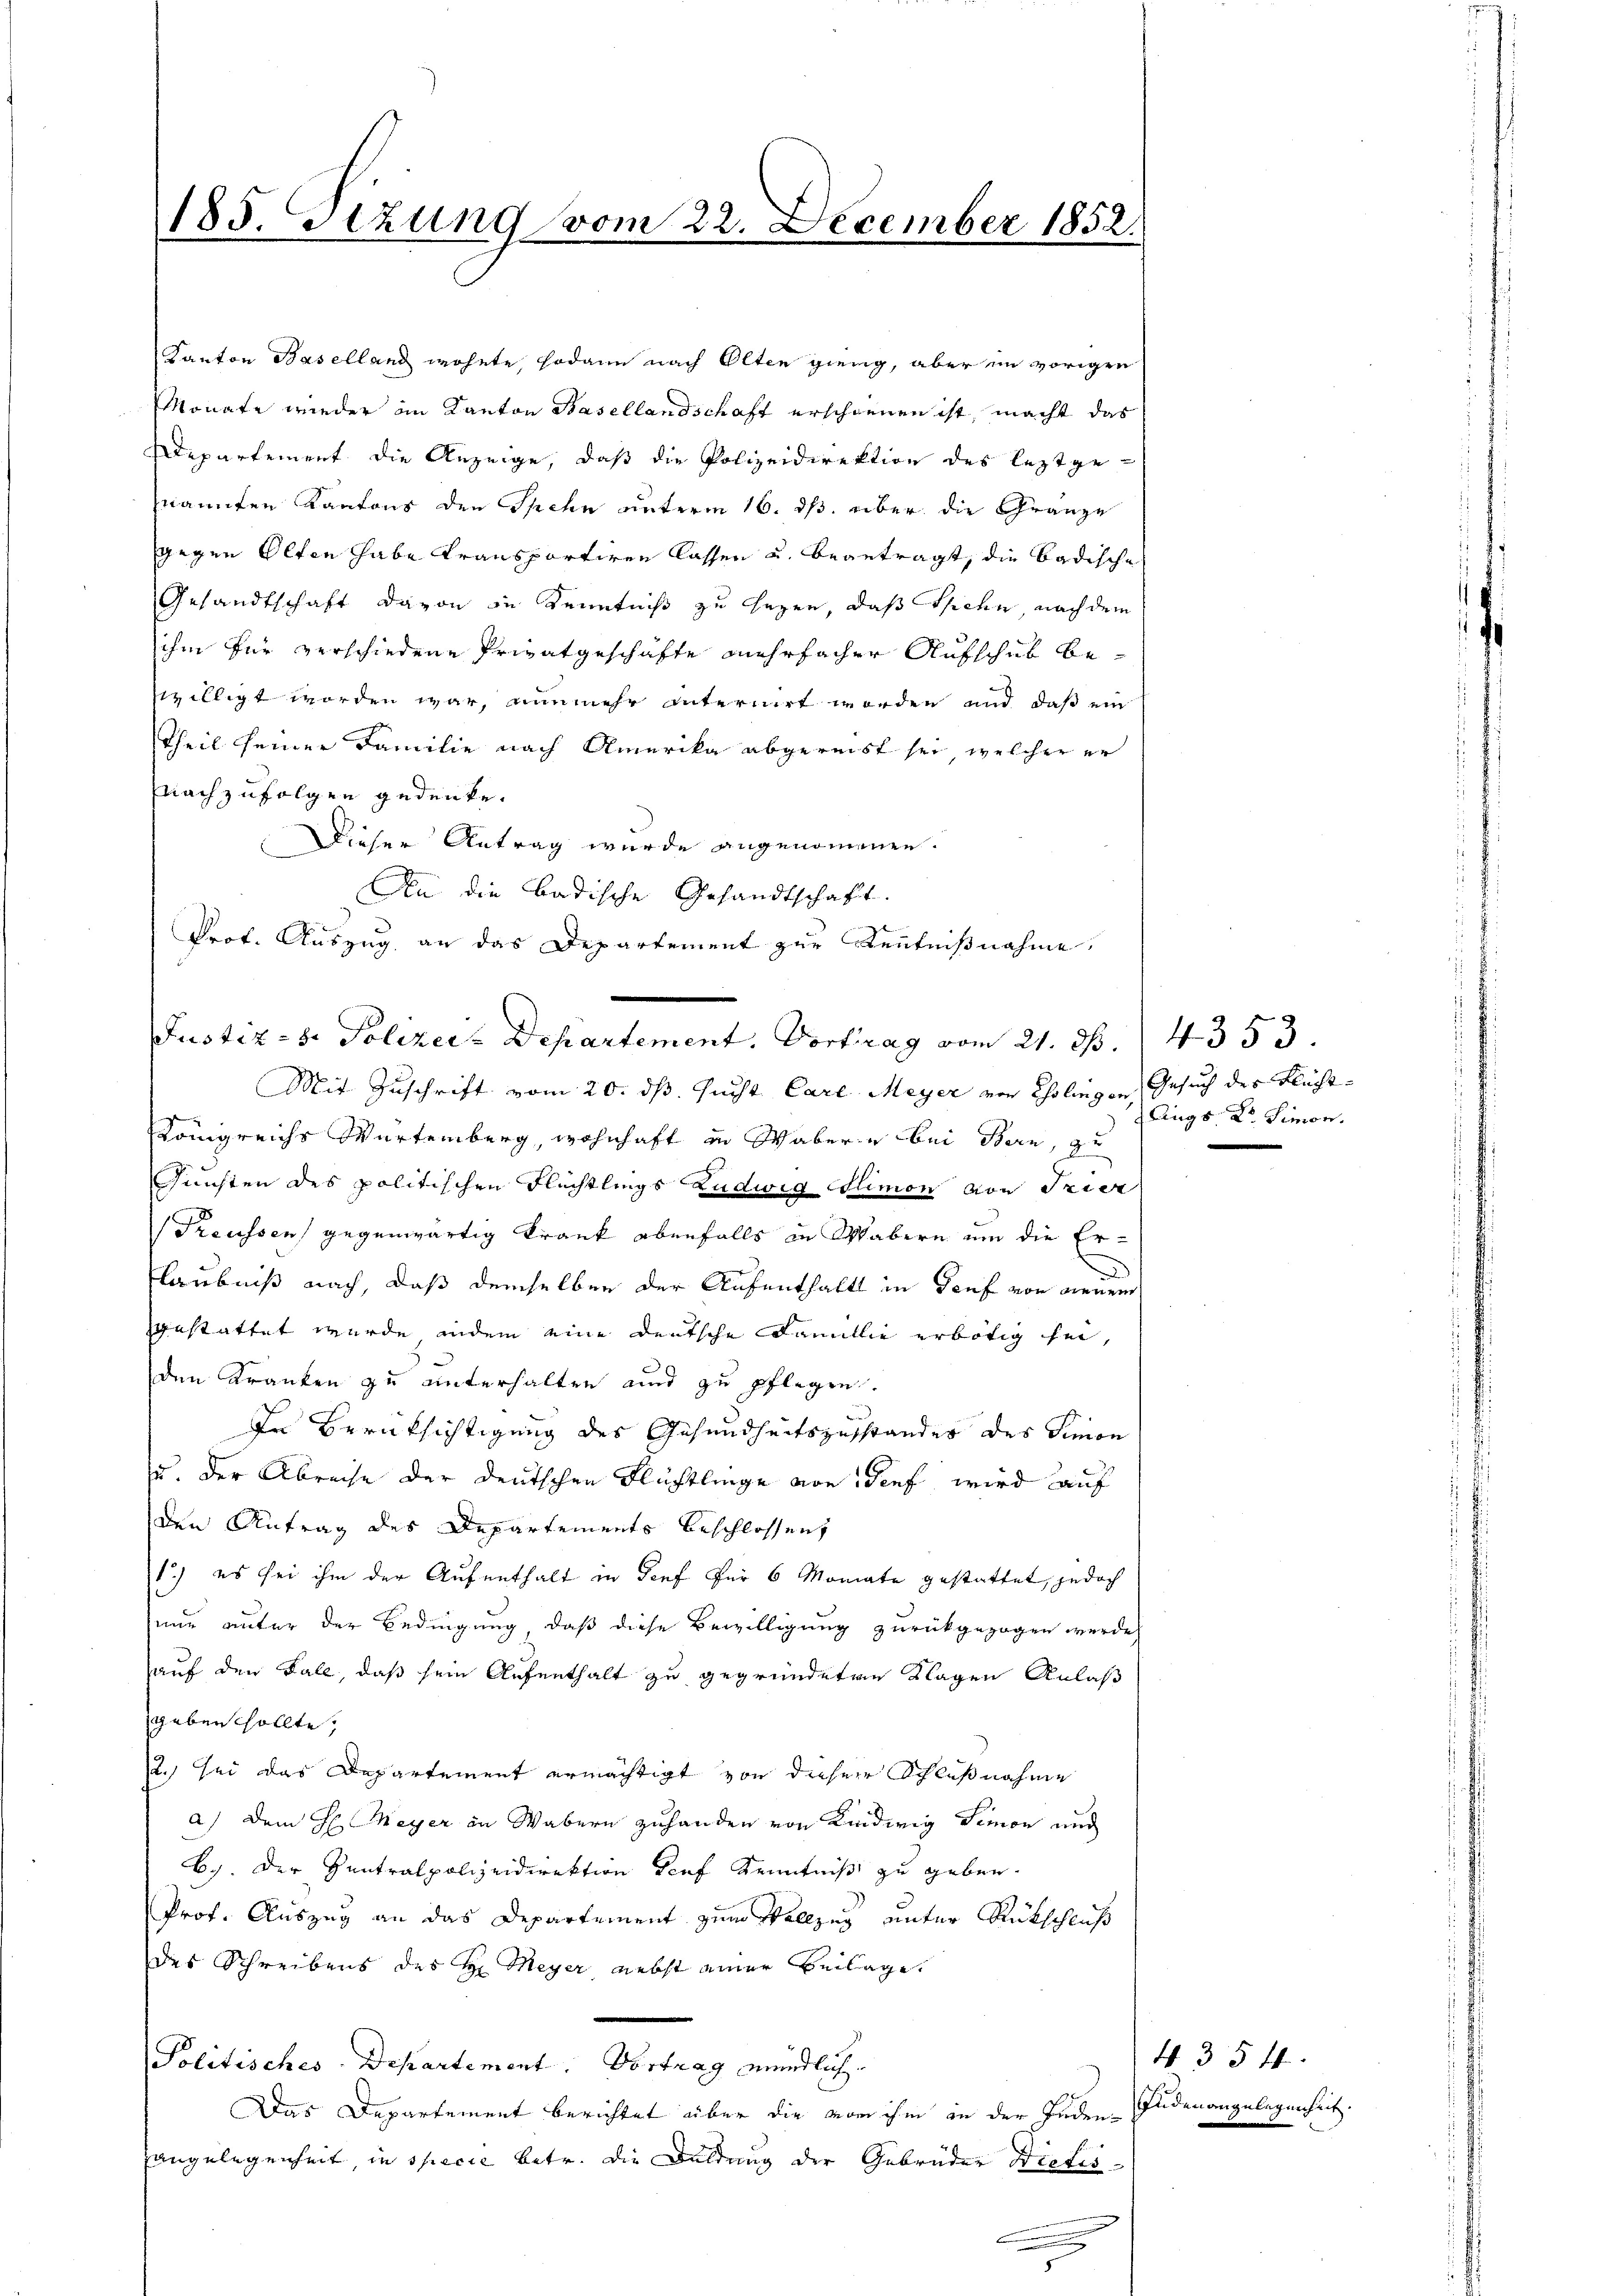
185. Sizung vom 22. December 1852.

Justiz-S. Polizei- Departement, Vortrag vom 21. d. 14353.

Kanton Baselland wohnte, sodann nach Olten gieng, aber im vorigen
Monate wieder im Kanton Hasellandschaft erschienen ist, macht das
Departement die Anzeige, daß die Polizeidirektion des leztgenannten Kantons den Spehn unterm 16. ds. über die Gränze
gegen Olten habe transportiren lassen u. beantragt, die badische
Gesandtschaft davon in Kenntniß zu sagen, daß siche, nach dem
ihm für verschiedene Privatgeschäfte mehrfacher Aufschub bewilligt worden war, nunmehr Internirt worden und daß ein
Theil seiner Familie nach Amerika abgereist sei, welcher er
nachzufolgen gedenke.
Dieser Antrag wurde angenommenen.
An die badische Gesandtschaft
Prof. Auszug an das Departement zur Kenntnißnahme,
Mit Zuschrift vom 20. ds. Gunst Carl Meyer von Cholengen Gesuch des Flücht¬
Königreichs Würtemberg, wohnhaft in Wabern bei Bern, zu
Funsten des politischen Flechtlings Ludwig Elimon von Trier
Preussen gegenwärtig Krank ebenfalls in Wabern um die Er¬
Glaubniß nach, daß demselben der Aufenthalts in Genf von denem
gestattet wurde indem eine deutsche Famillie erbötig sei,
den Kranken zu unterhalten und zu pflegen.
In Berüksichtigung des Gesundheitszustandes des Simon
zu. Der Abreise der deutschen Flüchtlinge von Senf, wird auf
den Antrag des Departements beschlossen,
1.) es sei ihm der Aufenthalt in Senf für 6 Monate gestattet, jedoch
nie unter der Bedingung, daß diese Bewilligung zurückgezogen werde,
auf den Fall, daß sein Aufenthalt zu gegründeten Klagen Anlaß
geben sollte,
2.) sei das Departement ermächtigt von dieser Schlußnahme
a) Dem H. Meyer in Wabern zuhanden von Kindwig Simon und
B.) Der Zentralpolizeidirektion Seef Kenntniß zu geben.
Prof. Auszug an das Departement zum Vollzug unter Rückschluß
des Schreibens des H. Meyer nebst einer Beilage
Politisches-Departement. Vortrag mündlich.
Das Departement berichtet über die vom ihm in der Inden¬
Hangelegenheit, in specie betr. die Duldung der Gebrüder Dictis
.

(Augs, Dr. Simon.
e

4354
Enden angelegenheit.

.